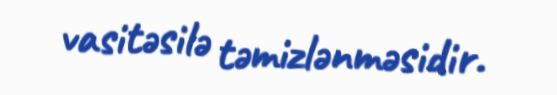
vasitəsilə təmizlənməsidir.